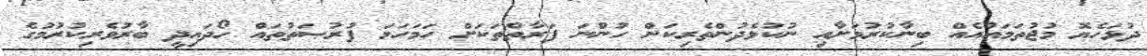
ދުޅަހެޔޮ މުޖުތަމައުއެއް ބިނާކުރުމަށާއި ނުކުޅެދުންތެރިކަން ހުންނަ ފަރާތްތަކަށް ހަމަހަމަ ފުރުޞަތުތައް ހޯދައިދީ ބާރުވެރިކުރުމުގެ